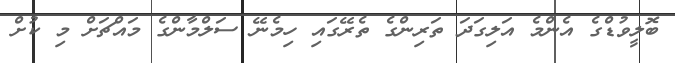
ބޮލީވުޑްގެ އެންމެ އަލިގަދަ ތަރިންގެ ތެރޭގައި ހިމެނޭ ސަލްމާންގެ މައްޗަށް މި ކުށް